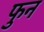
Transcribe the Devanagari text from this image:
फुन